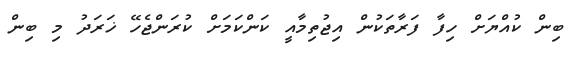
ބިން ކުއްޔަށް ހިފާ ފަރާތަކުން އިޖުތިމާއީ ކަންކަމަށް ކުރަންޖެހޭ ޚަރަދު މި ބިން